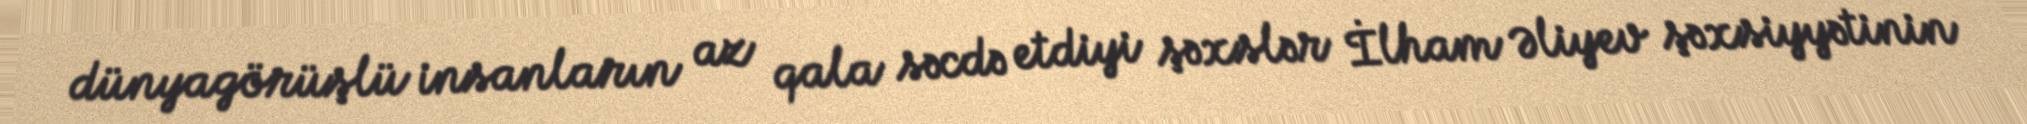
dünyagörüşlü insanların az qala səcdə etdiyi şəxslər İlham Əliyev şəxsiyyətinin